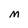
Character: M